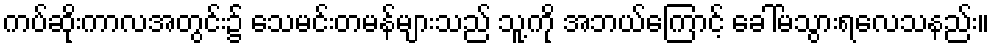
ကပ်ဆိုးကာလအတွင်း၌ သေမင်းတမန်များသည် သူ့ကို အဘယ်ကြောင့် ခေါ်မသွားရလေသနည်း။